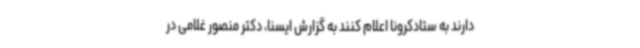
دارند به ستادکرونا اعلام کنند به گزارش ایسنا، دکتر منصور غلامی در